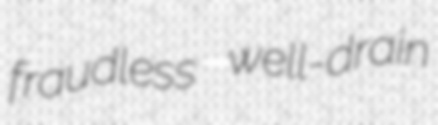
fraudless well-drain